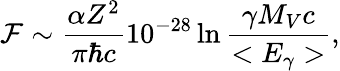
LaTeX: {\cal{F}}\sim{\frac{\alpha Z^{2}}{\pi\hbar c}}10^{-28}\ln{\frac{\gamma M_{V}c}{<E_{\gamma}>}},